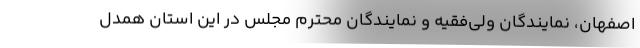
اصفهان، نمایندگان ولی‌فقیه و نمایندگان محترم مجلس در این استان همدل